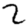
Digit: 2